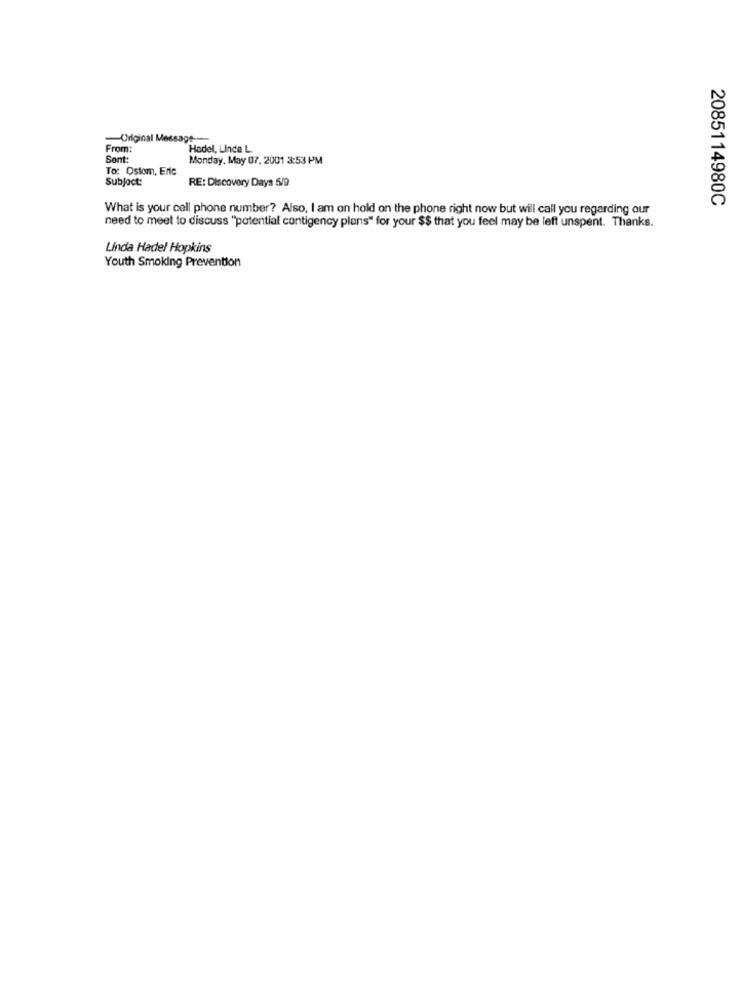
From:
Hodel, Linde L.
Sont:
Monday, May 07, 2001 3:53 PM
To: Ostom, Erte
Subject:
RE: Discovery Days 5/9
2085114980C
What is your cell phone number? Also, I am on hold on the phone right now but will call you regarding our
need to meet to discuss "potential contigency plans" for your $$ that you feel may be left 'unspent. Thanks.
Linda Hadel Hopkins
Youth Smoking Prevention